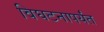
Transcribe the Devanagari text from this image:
विघटनापर्यंत